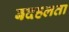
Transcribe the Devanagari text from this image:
बदहलता